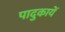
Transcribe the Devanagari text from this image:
पादुकायें